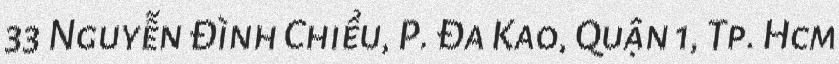
33 Nguyễn Đình Chiểu, P. Đa Kao, Quận 1, Tp. Hcm